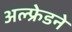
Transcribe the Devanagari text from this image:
अल्फ्रेडने